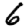
Digit: 6